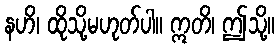
နဟိ၊ ထိုသို့မဟုတ်ပါ။ ဣတိ၊ ဤသို့။